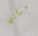
مكتبي